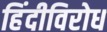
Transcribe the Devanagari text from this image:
हिंदीविरोध